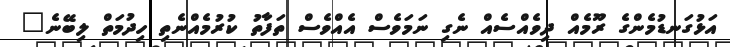
އަޅުގަނޑުމެންގެ ރޫމެއް ދިވެއްސެއް ނެގި ނަމަވެސް އެއްވެސް ތަފާތު ކުރުމެއްނެތި ހިދުމަތް ލިބޭނެ"